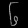
Digit: ၆